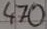
Text: 470